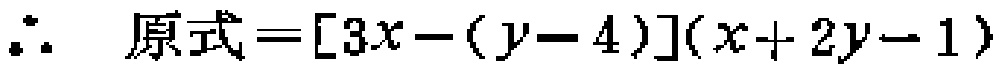
\(\therefore \ 原式=[3x-(y - 4)](x + 2y - 1)\)